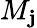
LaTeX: M_{\mathbf{j}}